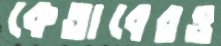
কেতাবেরও